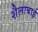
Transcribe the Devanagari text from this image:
शैलाबाई